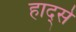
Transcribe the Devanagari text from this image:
हाद्से